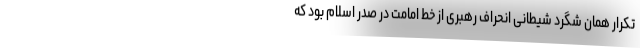
تکرار همان شگرد شیطانی انحراف رهبری از خط امامت در صدر اسلام بود که